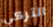
التركي